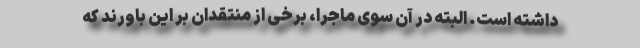
داشته است. البته در آن سوی ماجرا، برخی از منتقدان بر این باورند که